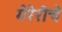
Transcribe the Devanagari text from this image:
गेरेरोचे